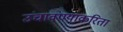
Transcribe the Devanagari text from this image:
उंचावण्याकरिता